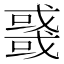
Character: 𰒲